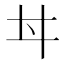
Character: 𠂀